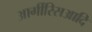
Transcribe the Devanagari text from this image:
आर्गीरिसआदि